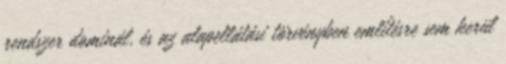
rendszer dominál, és az alapellátási törvényben említésre sem kerül